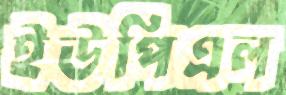
ইউপিএল